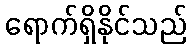
ရောက်ရှိနိုင်သည်